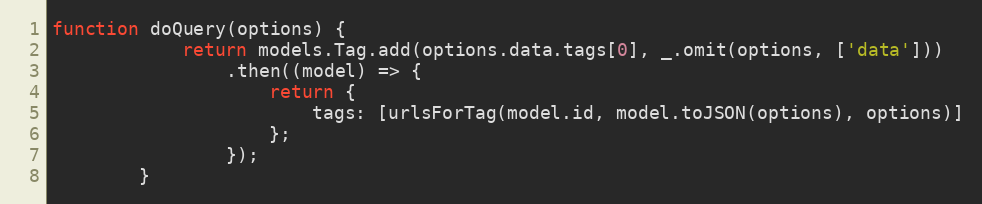
Language: JavaScript
function doQuery(options) {
            return models.Tag.add(options.data.tags[0], _.omit(options, ['data']))
                .then((model) => {
                    return {
                        tags: [urlsForTag(model.id, model.toJSON(options), options)]
                    };
                });
        }